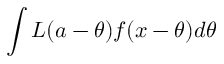
\int L ( a - \theta ) f ( x - \theta ) d \theta